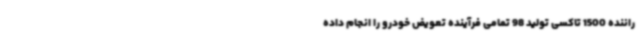
راننده 1500 تاکسی تولید 98 تمامی فرآینده تعویض خودرو را انجام داده